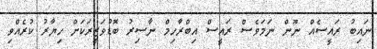
ނައިބު ރައީސެއް ނޫން ނަމަވެސް ރައީސް އިބްރާހިމް ނާސިރު ބޮޑުވަޒީރަކަށް ހިޔާރު ކުރެއްވި